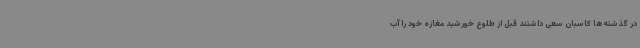
در گذشته‌ها کاسبان سعی داشتند قبل از طلوع خورشید مغازه خود را آب‌